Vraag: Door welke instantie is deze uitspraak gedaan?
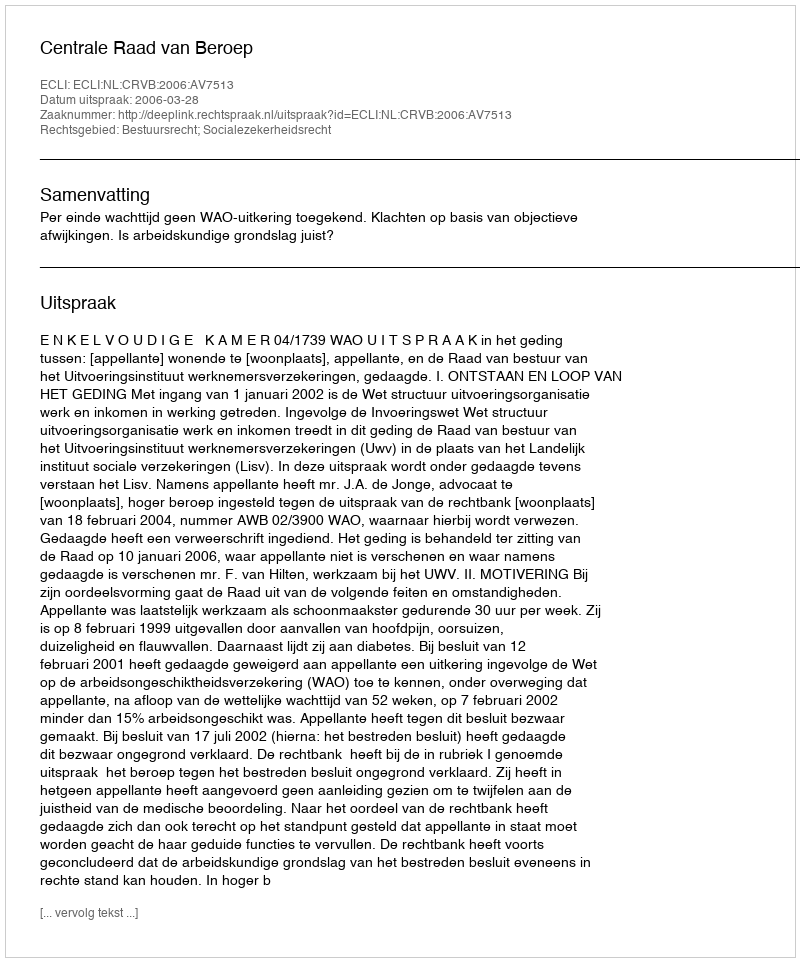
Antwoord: Centrale Raad van Beroep